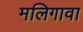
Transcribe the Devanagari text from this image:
मलिगावा